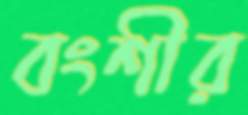
বংশীর